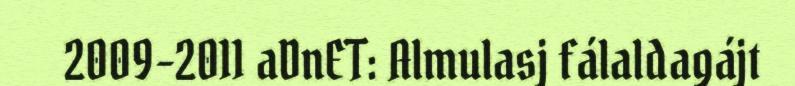
2009-2011 aDnET: Almulasj fálaldagájt